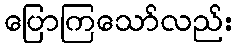
ပြောကြသော်လည်း